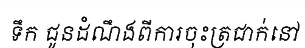
ទឹក ជូនដំណឹងពីការចុះត្រជាក់នៅ